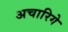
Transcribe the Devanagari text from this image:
अचारिगे